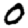
Digit: 0